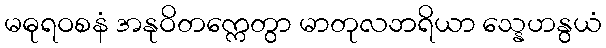
မဓုရဝစနံ အနုဝိတက္ကေတွာ မာတုလဘရိယာ သ္နေဟနွယံ